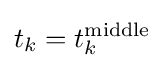
t_{k}=t_{k}^{\rm {middle}}